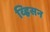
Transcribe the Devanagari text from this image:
व्ह्रिसन